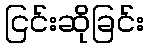
ငြင်းဆိုခြင်း